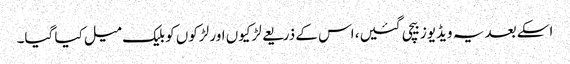
اسکے بعد یہ ویڈیوز بیچی گئیں، اس کے ذریعے لڑکیوں اور لڑکوں کو بلیک میل کیا گیا۔